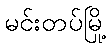
မင်းတပ်မြို့